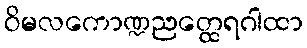
ဝိမလကောဏ္ဍညတ္ထေရဂါထာ